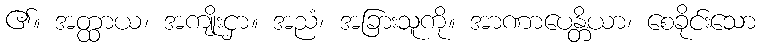
၏။ အတ္ထာယ၊ အကျိုးငှာ။ အညံ၊ အခြားသူကို။ အာဏာပေန္တိယာ၊ စေခိုင်းသော